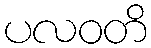
ပလဝတိ